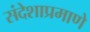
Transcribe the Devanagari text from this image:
संदेशाप्रमाणे